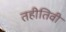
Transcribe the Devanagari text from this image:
तहीतिवी